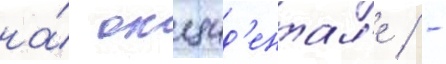
на́ окцид'ентал'е / -